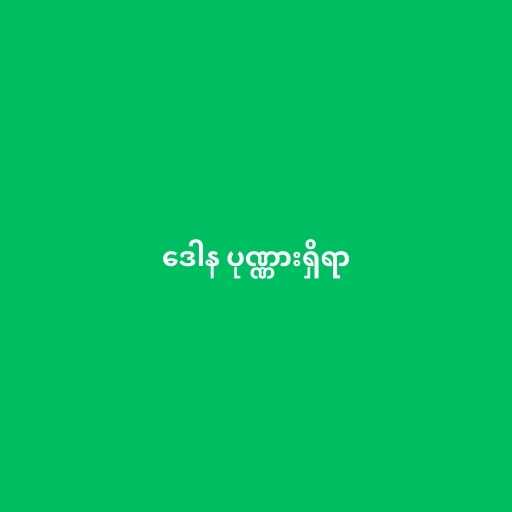
ဒေါန ပုဏ္ဏားရှိရာ